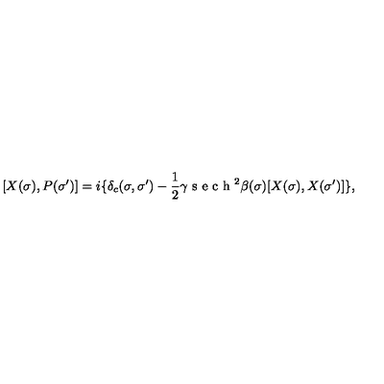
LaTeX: [ X ( \sigma ) , P ( \sigma ^ { \prime } ) ] = i \{ \delta _ { c } ( \sigma , \sigma ^ { \prime } ) - \frac { 1 } { 2 } \gamma \textrm { s e c h } ^ { 2 } \beta ( \sigma ) [ X ( \sigma ) , X ( \sigma ^ { \prime } ) ] \} ,